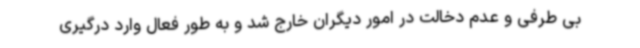
بی طرفی و عدم دخالت در امور دیگران خارج شد و به طور فعال وارد درگیری